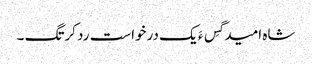
شاہ امید گِس ءَ یک درخواست رد کرتگ ۔